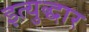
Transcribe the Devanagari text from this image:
इत्युद्धार